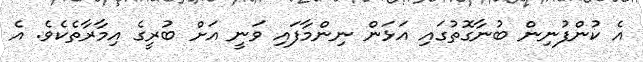
އެ ކުންފުނިން ބުނާގޮތުގައި އަޅަން ނިންމާފައި ވަނީ އަށް ބުރީގެ އިމާރާތެކެވެ. އެ